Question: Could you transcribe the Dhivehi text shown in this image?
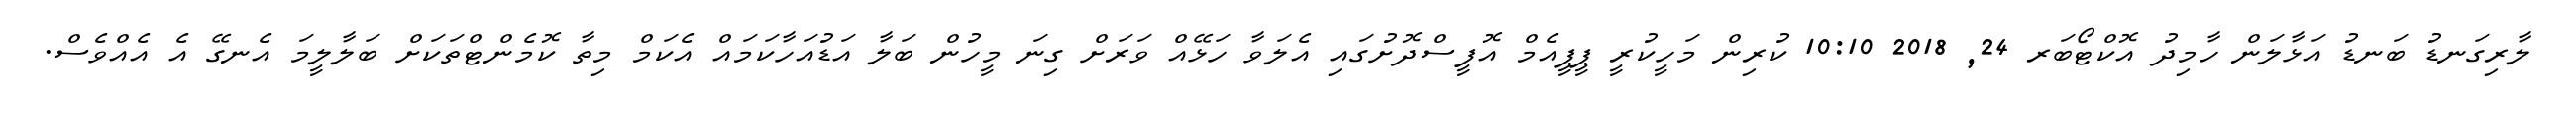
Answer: ލާރިގަނޑު ބަނޑު އަޅާލަން ހާމިދު އޮކްޓޯބަރ 24, 2018 10:10 ކުރިން މަހީކުރީ ޕީޕީއެމް އޮފީސްދޮށުގައި އެލަވާ ހަޅޭއް ވަރަށް ގިނަ މީހުން ބަލާ އަޑުއަހާކަމައް އެކަމް މިތާ ކޮމެންޓްތަކަށް ބަލާލީމަ އެނގޭ އެ އެއްވެސް.